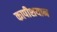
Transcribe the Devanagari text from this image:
कापीशयान